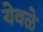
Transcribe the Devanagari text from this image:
येवळे